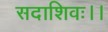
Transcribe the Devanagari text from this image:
सदाशिवः।।